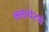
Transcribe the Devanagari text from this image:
क्लायंटचे